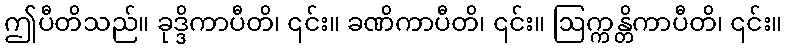
ဤပီတိသည်။ ခုဒ္ဒိကာပီတိ၊ ၎င်း။ ခဏိကာပီတိ၊ ၎င်း။ ဩက္ကန္တိကာပီတိ၊ ၎င်း။